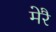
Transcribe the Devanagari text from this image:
मेरै